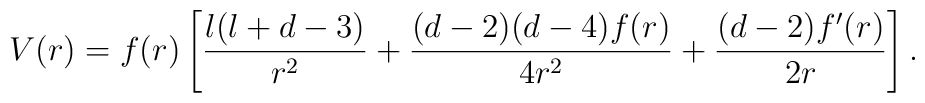
V(r) = f(r) \left[ \frac{l(l+d-3)}{r^2} + \frac{(d-2)(d-4)f(r)}{4r^2} + \frac{(d-2)f'(r)}{2r} \right].